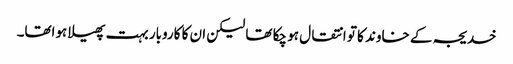
خدیجہ کے خاوند کا تو انتقال ہو چکا تھا لیکن ان کا کاروبار بہت پھیلا ہواتھا۔